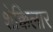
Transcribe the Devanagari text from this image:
शेक्किलार